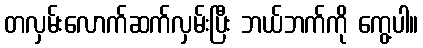
တလှမ်းလောက်ဆက်လှမ်းပြီး ဘယ်ဘက်ကို ကွေ့ပါ။